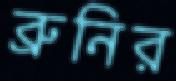
ব্রুনির